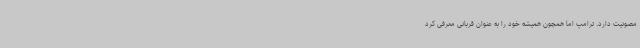
مصونیت دارد. ترامپ اما همچون همیشه خود را به عنوان قربانی معرفی کرد